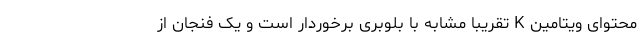
محتوای ویتامین K تقریبا مشابه با بلوبری برخوردار است و یک فنجان از